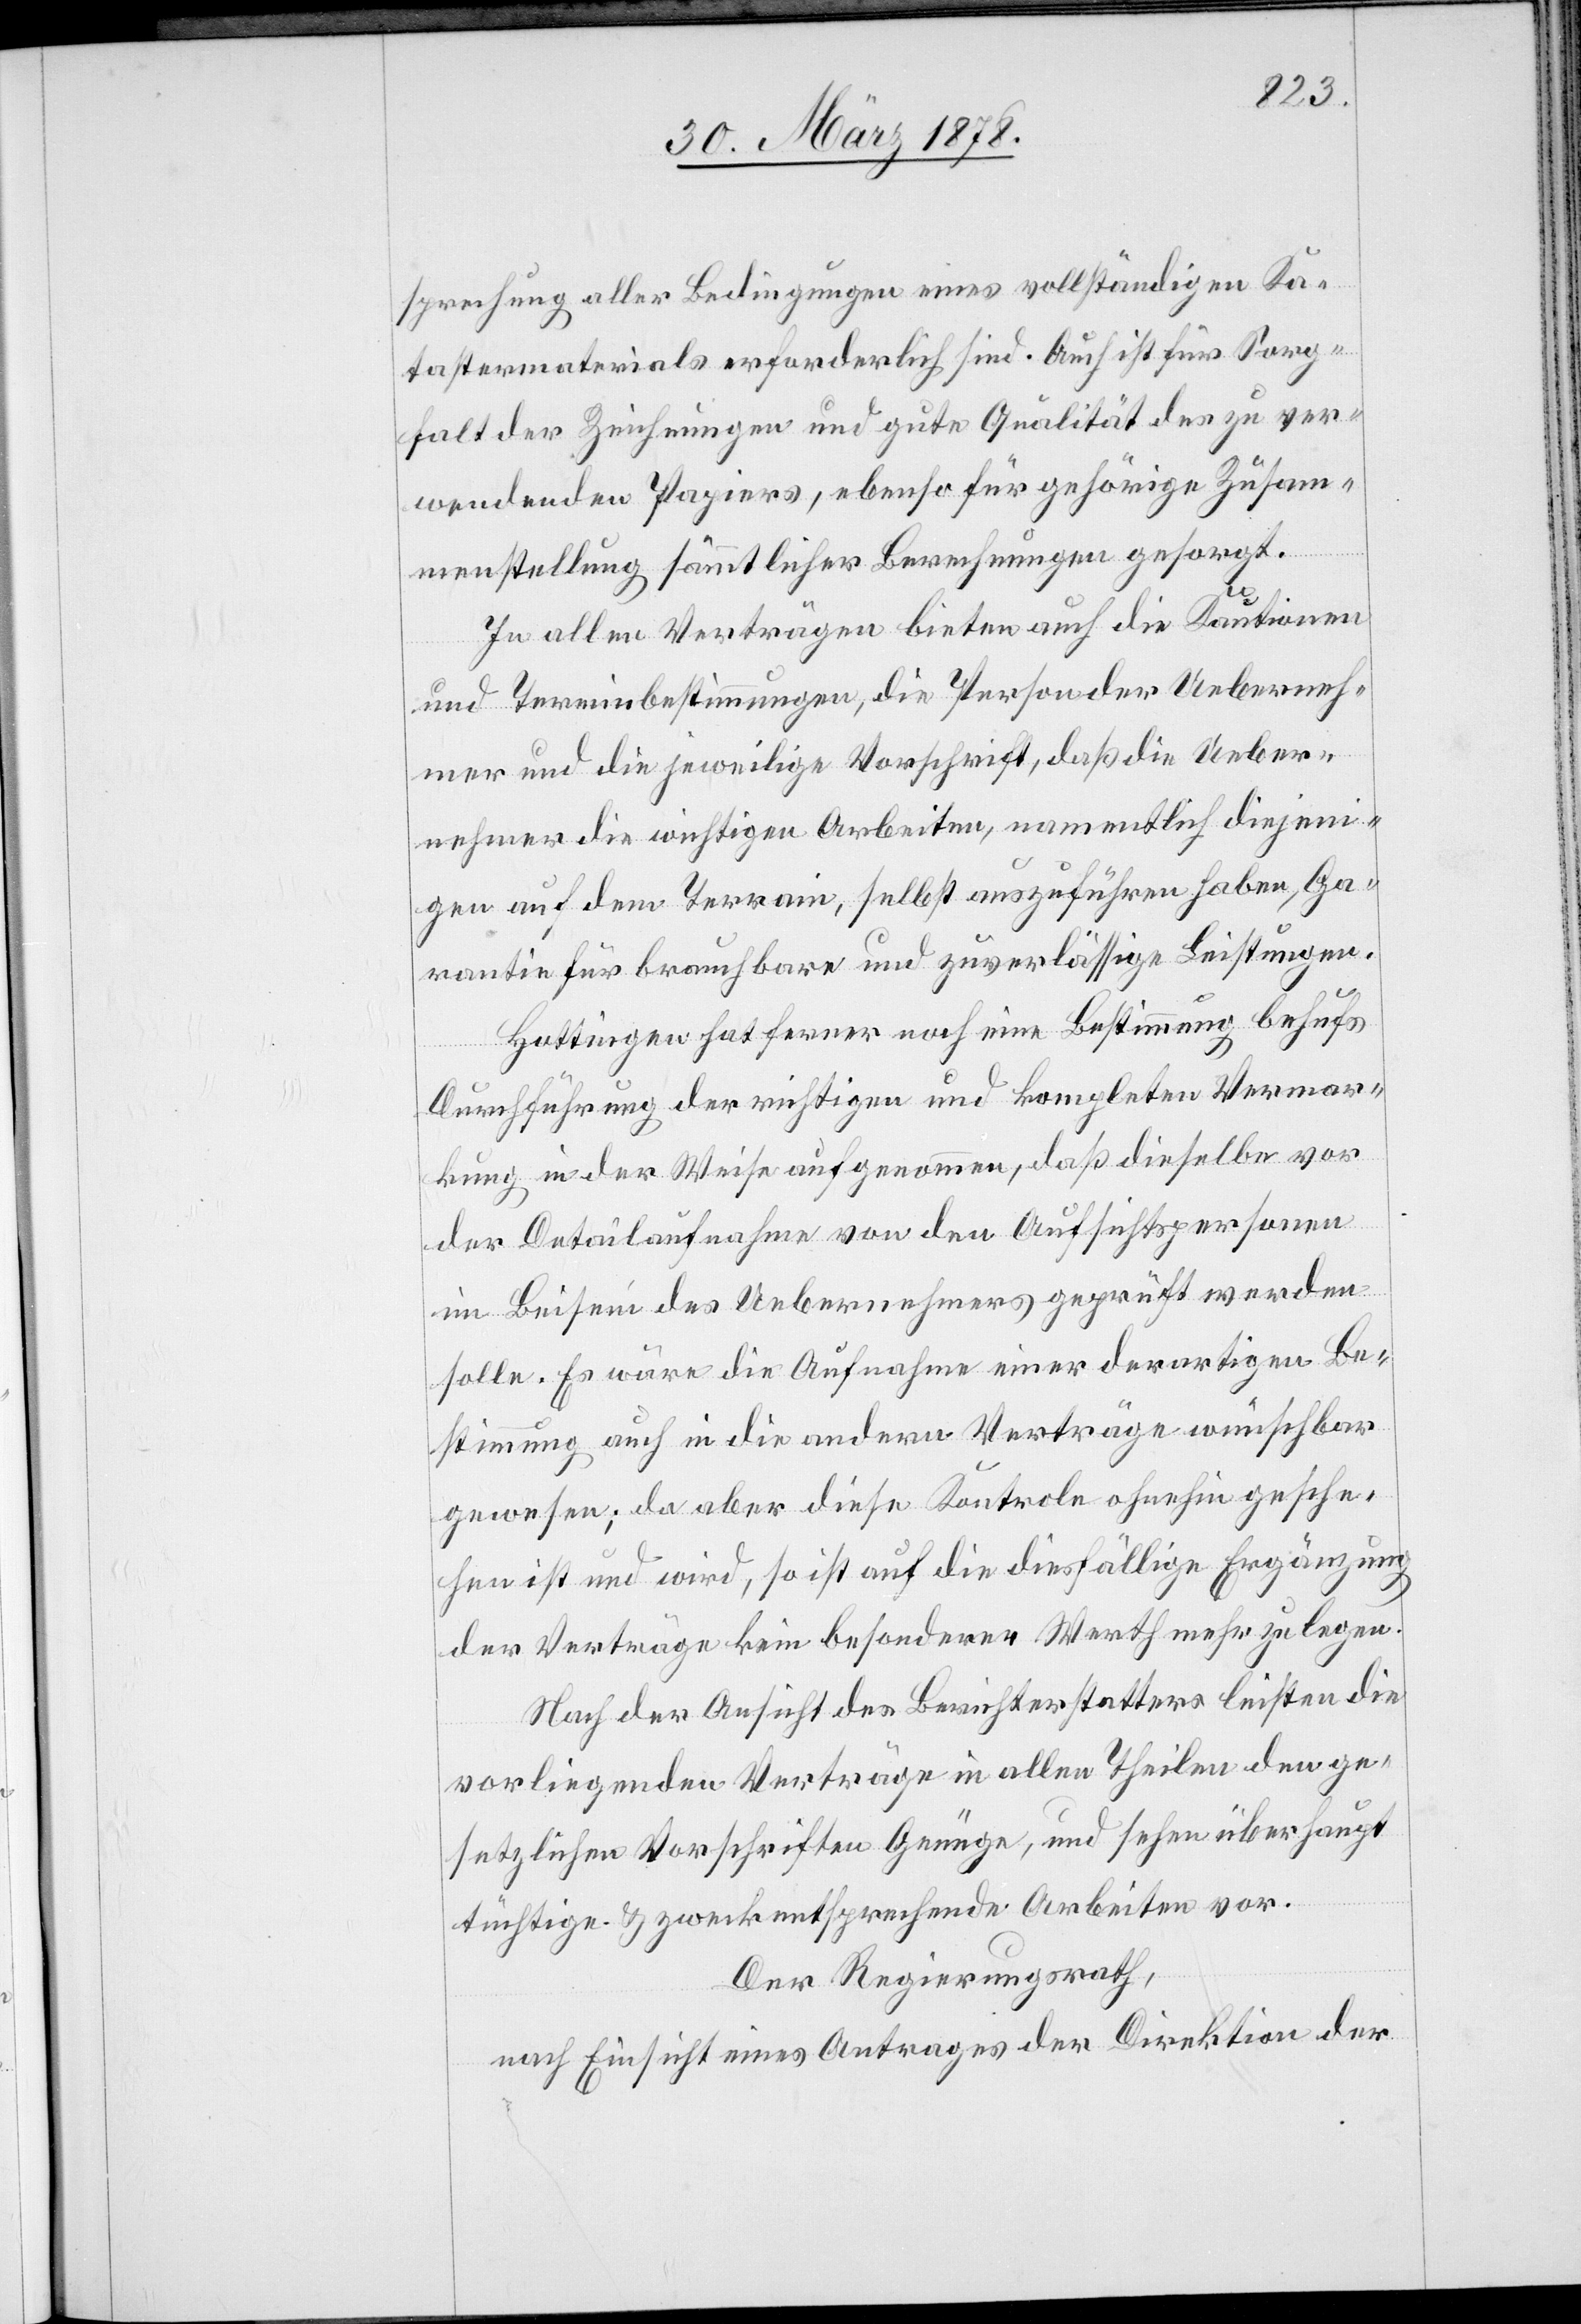
sprechung aller Bedingungen eines vollständigen Ka¬
tastermaterials erforderlich sind. Auch ist für Sorg¬
falt der Zeichnungen und gute Qualität des zu ver¬
wendenden Papiers, ebenso für gehörige Zusam¬
menstellung sämmtlicher Berechnungen gesorgt.
In allen Verträgen bieten auch die Kautionen
und Terminbestimmungen, die Person der Ueberneh¬
mer und die jeweilige Vorschrift, daß die Ueber¬
nehmer die wichtigen Arbeiten, namentlich diejeni¬
gen auf dem Terrain, selbst auszuführen haben, Ga¬
rantie für brauchbare und zuverlässige Leistungen.
Hottingen hat ferner noch eine Bestimmung behufs
Durchführung der richtigen und kompletten Vermar¬
kung in der Weise aufgenommen, daß dieselbe vor
der Detailaufnahme von den Aufsichtspersonen
im Beisein des Uebernehmers geprüft werden
solle. Es wäre die Aufnahme einer derartigen Be¬
stimmung auch in die andern Verträge wünschbar
gewesen; da aber diese Kontrole ohnehin gesche¬
hen ist und wird, so ist auf die diesfällige Ergänzung
der Verträge kein besonderer Werth mehr zu legen.
Nach der Ansicht des Berichterstatters leisten die
vorliegenden Verträge in allen Theilen den ge¬
setzlichen Vorschriften Genüge, und sehen überhaupt
tüchtige & zweckentsprechende Arbeiten vor.
Der Regierungsrath,
nach Einsicht eines Antrages der Direktion der